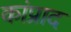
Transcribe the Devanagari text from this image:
कांप्राद